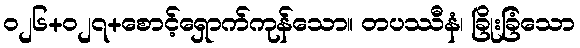
၀၂၆+၀၂၇+စောင့်ရှောက်ကုန်သော။ တပဿီနံ၊ ခြိုးခြံသော